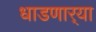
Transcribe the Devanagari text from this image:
धाडणार्‍या